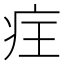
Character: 𭼆